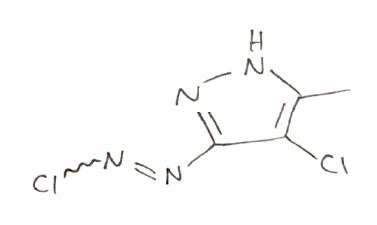
Simplified molecular-input line-entry system (SMILES) notation of the given molecule:
CC1=C(C(=NN1)N=NCl)Cl